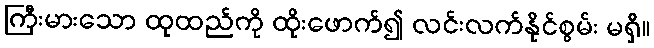
ကြီးမားသော ထုထည်ကို ထိုးဖောက်၍ လင်းလက်နိုင်စွမ်း မရှိ။